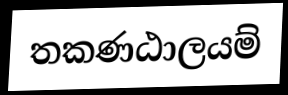
තකණඨාලයම්